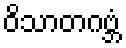
ဝိသာတဂဗ္ဘံ